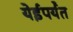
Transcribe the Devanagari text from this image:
येईपर्यँत